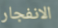
الانفجار